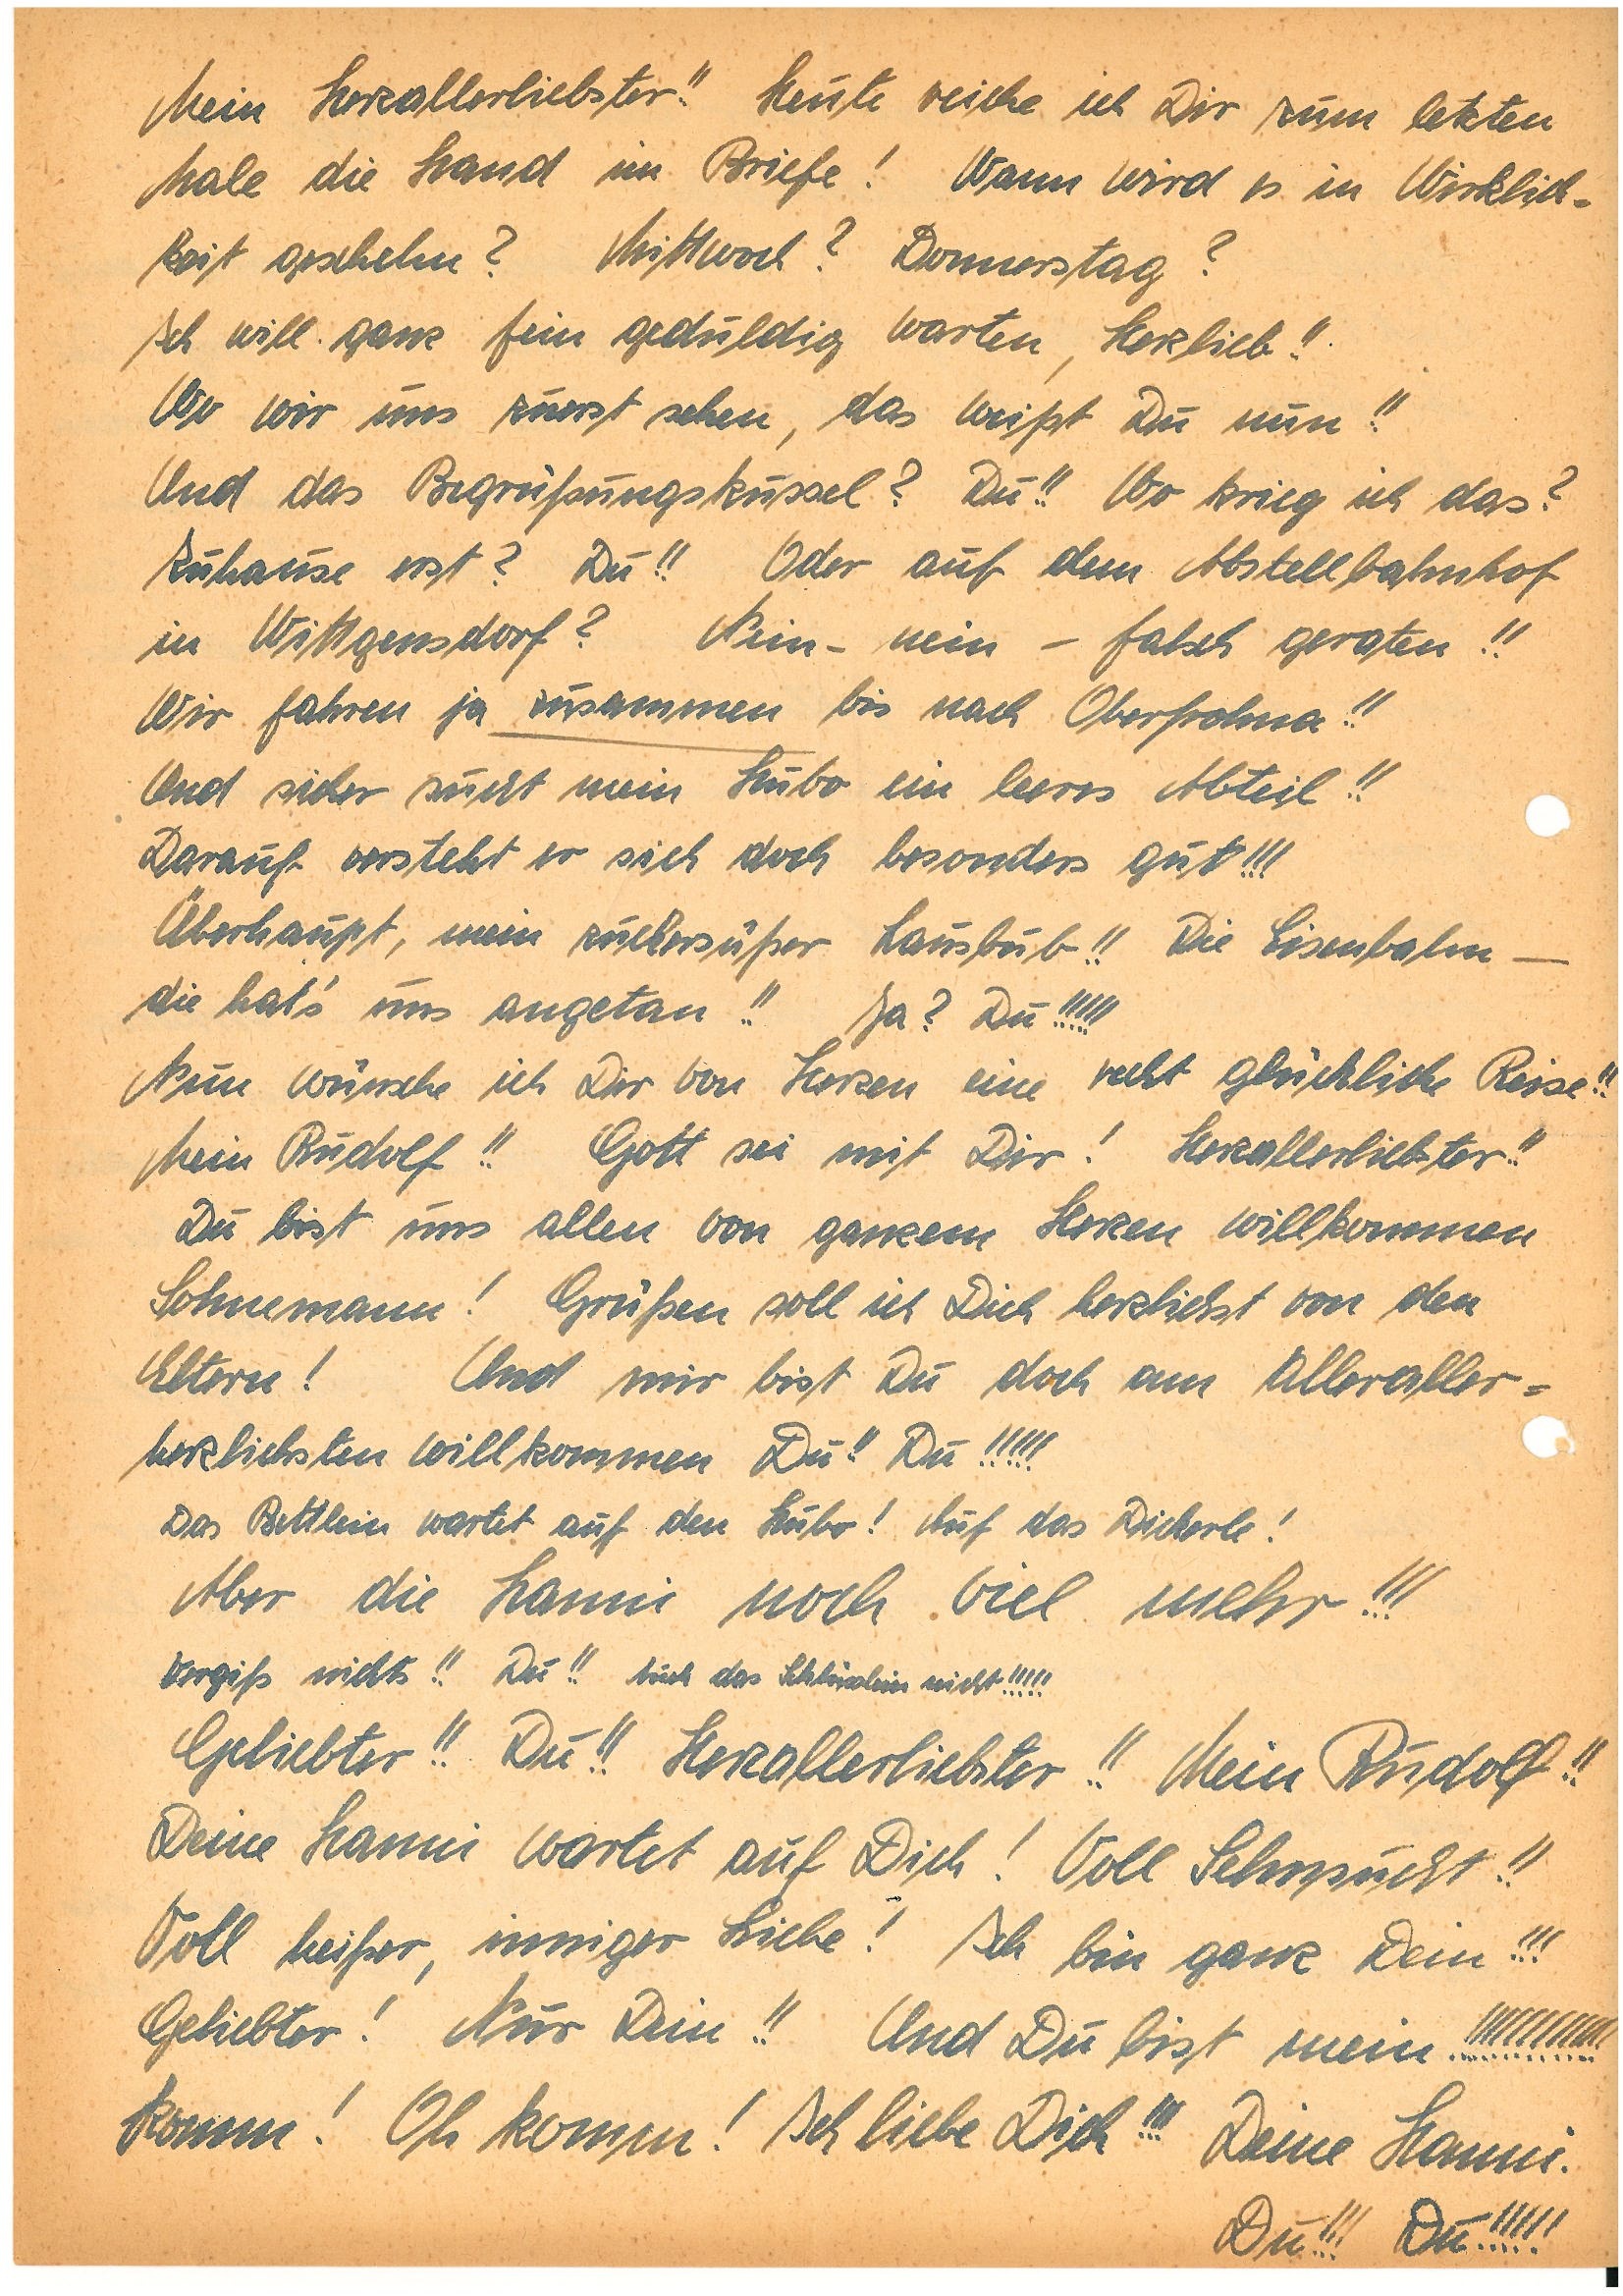
Mein Herzallerliebster!! Heute reiche ich Dir zum letzten
Male die Hand im Briefe! Wann wird es in Wirklich¬
keit geschehen? Mittwoch? Donnerstag?
Ich will ganz fein geduldig warten, Herzlieb!!
Wo wir uns zuerst sehen, das weißt Du nun!!
Und das Begrüßungskussel? Du!! Wo krieg ich das?
Zuhause erst? Du!! Oder auf dem Abstellbahnhof
in W.? Nein – nein – falsch geraten!!
Wir fahren ja zusammen bis nach O.!!
Und sicher sucht mein Hubo ein leeres Abteil!!
Darauf versteht er sich doch besonders gut!!!
Überhaupt mein zuckersüßer Lausbub!! Die Eisenbahn –
die hat’s uns angetan!! Ja? Du!!!!!
Nun wünsche ich Dir von Herzen eine recht glückliche Reise!!
Mein !! Gott sei mit Dir! Herzallerliebster!!
Du bist uns allen von ganzem Herzen willkommen
Sohnemann! Grüßen soll ich Dich herzlichst von den
Eltern! Und mir bist Du doch am alleraller¬
herzlichsten willkommen Du!! Du!!!!!
Das Bettlein wartet auf den Hubo! Auf das Dickerle!
Aber die noch viel mehr!!!
Vergiß nichts!! Du!! Auch das Schlüsslein nicht!!!!!
Geliebter!! Du!! Herzallerliebster!! Mein !!
Deine wartet auf Dich! Voll Sehnsucht!!
Voll heißer, inniger Liebe! Ich bin ganz Dein!!
Geliebter! Nur Dein!! Und Du bist mein!!!!!!!!!!!!!
Komm! Oh komm! Ich liebe Dich!!! Deine .
Du!!! Du!!!!!